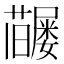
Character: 𡳶